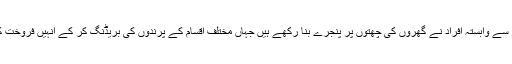
اس کاروبار سے وابستہ افراد نے گھروں کی چھتوں پر پنجرے بنا رکھے ہیں جہاں مختلف اقسام کے پرندوں کی بریڈنگ کر کے انہیں فروخت کیا جاتا ہے۔